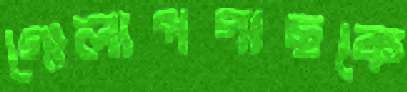
গোলাপগাছকে